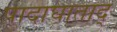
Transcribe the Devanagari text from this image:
पादाघाताद्